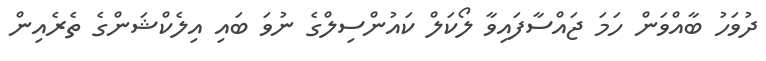
ދުވަހު ބާއްވަން ހަމަ ޖައްސާފައިވާ ލޯކަލް ކައުންސިލްގެ ނުވަ ބައި އިލެކްޝަންގެ ތެރެއިން